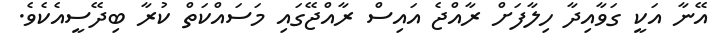
އޭނާ އަކީ ގަވާއިދާ ހިލާފަށް ރާއްޖެ އައިސް ރާއްޖޭގައި މަސައްކަތް ކުރާ ބިދޭސީއެކެވެ.